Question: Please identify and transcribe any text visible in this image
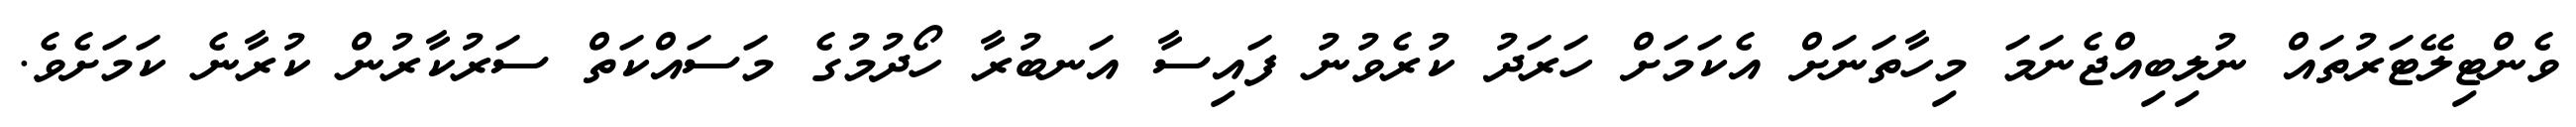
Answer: ވެންޓިލޭޓަރުތައް ނުލިބިއްޖެނަމަ މިހާތަނަށް އެކަމަށް ހަރަދު ކުރެވުނު ފައިސާ އަނބުރާ ހޯދުމުގެ މަސައްކަތް ސަރުކާރުން ކުރާނެ ކަމަށެވެ.